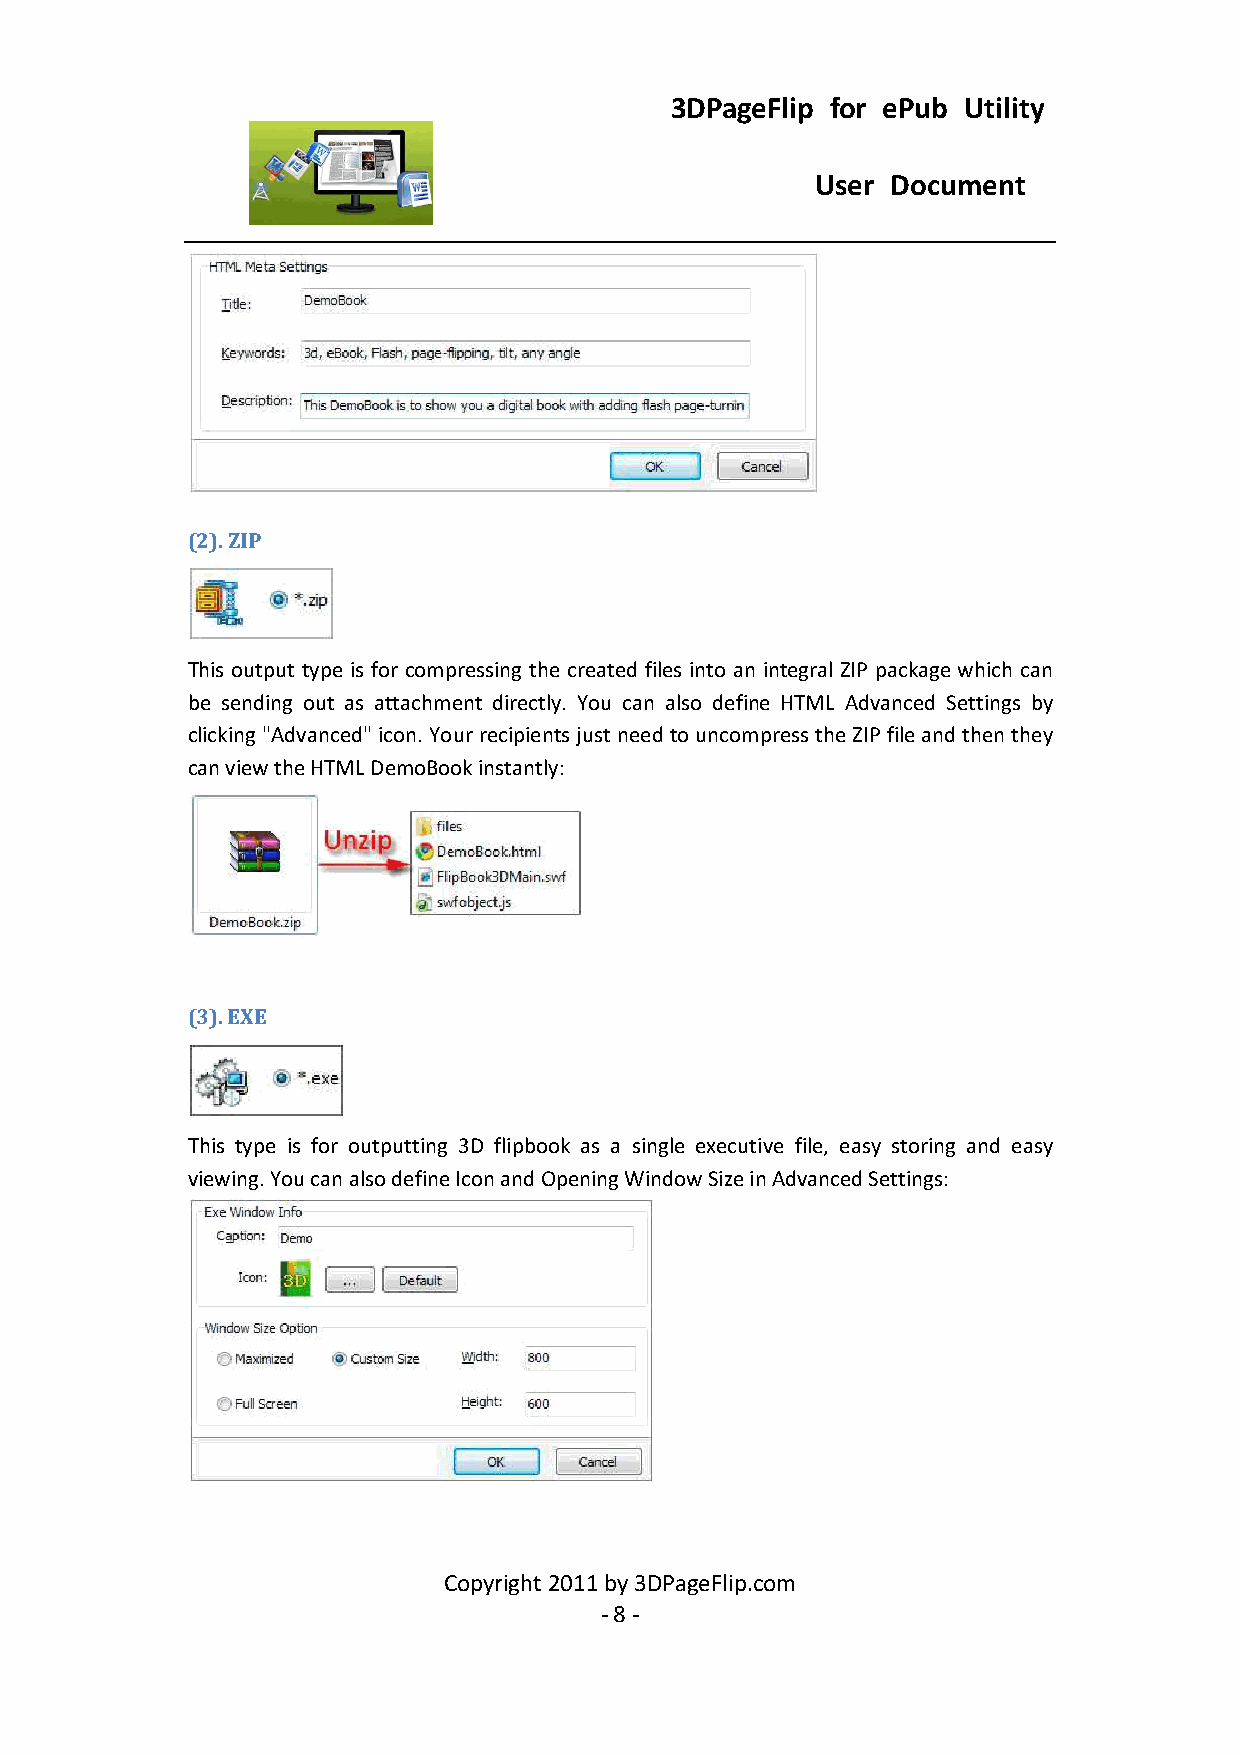
3DPageFlip for ePub Utility
 User Document
 (2). ZIP
 This output type is for compressing the created files into an integral ZIP package which can
 be sending out as attachment directly. You can also define HTML Advanced Settings by
 clicking "Advanced" icon. Your recipients just need to uncompress the ZIP file and then they
 can view the HTML DemoBook instantly:
 (3). EXE
 This type is for outputting 3D flipbook as a single executive file, easy storing and easy
 viewing. You can also define Icon and Opening Window Size in Advanced Settings:
 Copyright 2011 by 3DPageFlip.com
 - 8 -